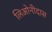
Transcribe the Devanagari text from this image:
लिओनीदास